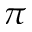
\pi